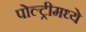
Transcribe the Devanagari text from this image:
पोल्ट्रीमध्ये